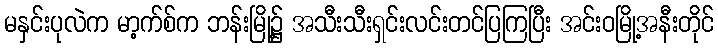
မနှင်းပုလဲက မာ့က်စ်က ဘန်းမြို့၌ အသီးသီးရှင်းလင်းတင်ပြကြပြီး အင်းဝမြို့အနီးတိုင်